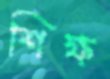
শিক্ষ